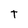
Character: T